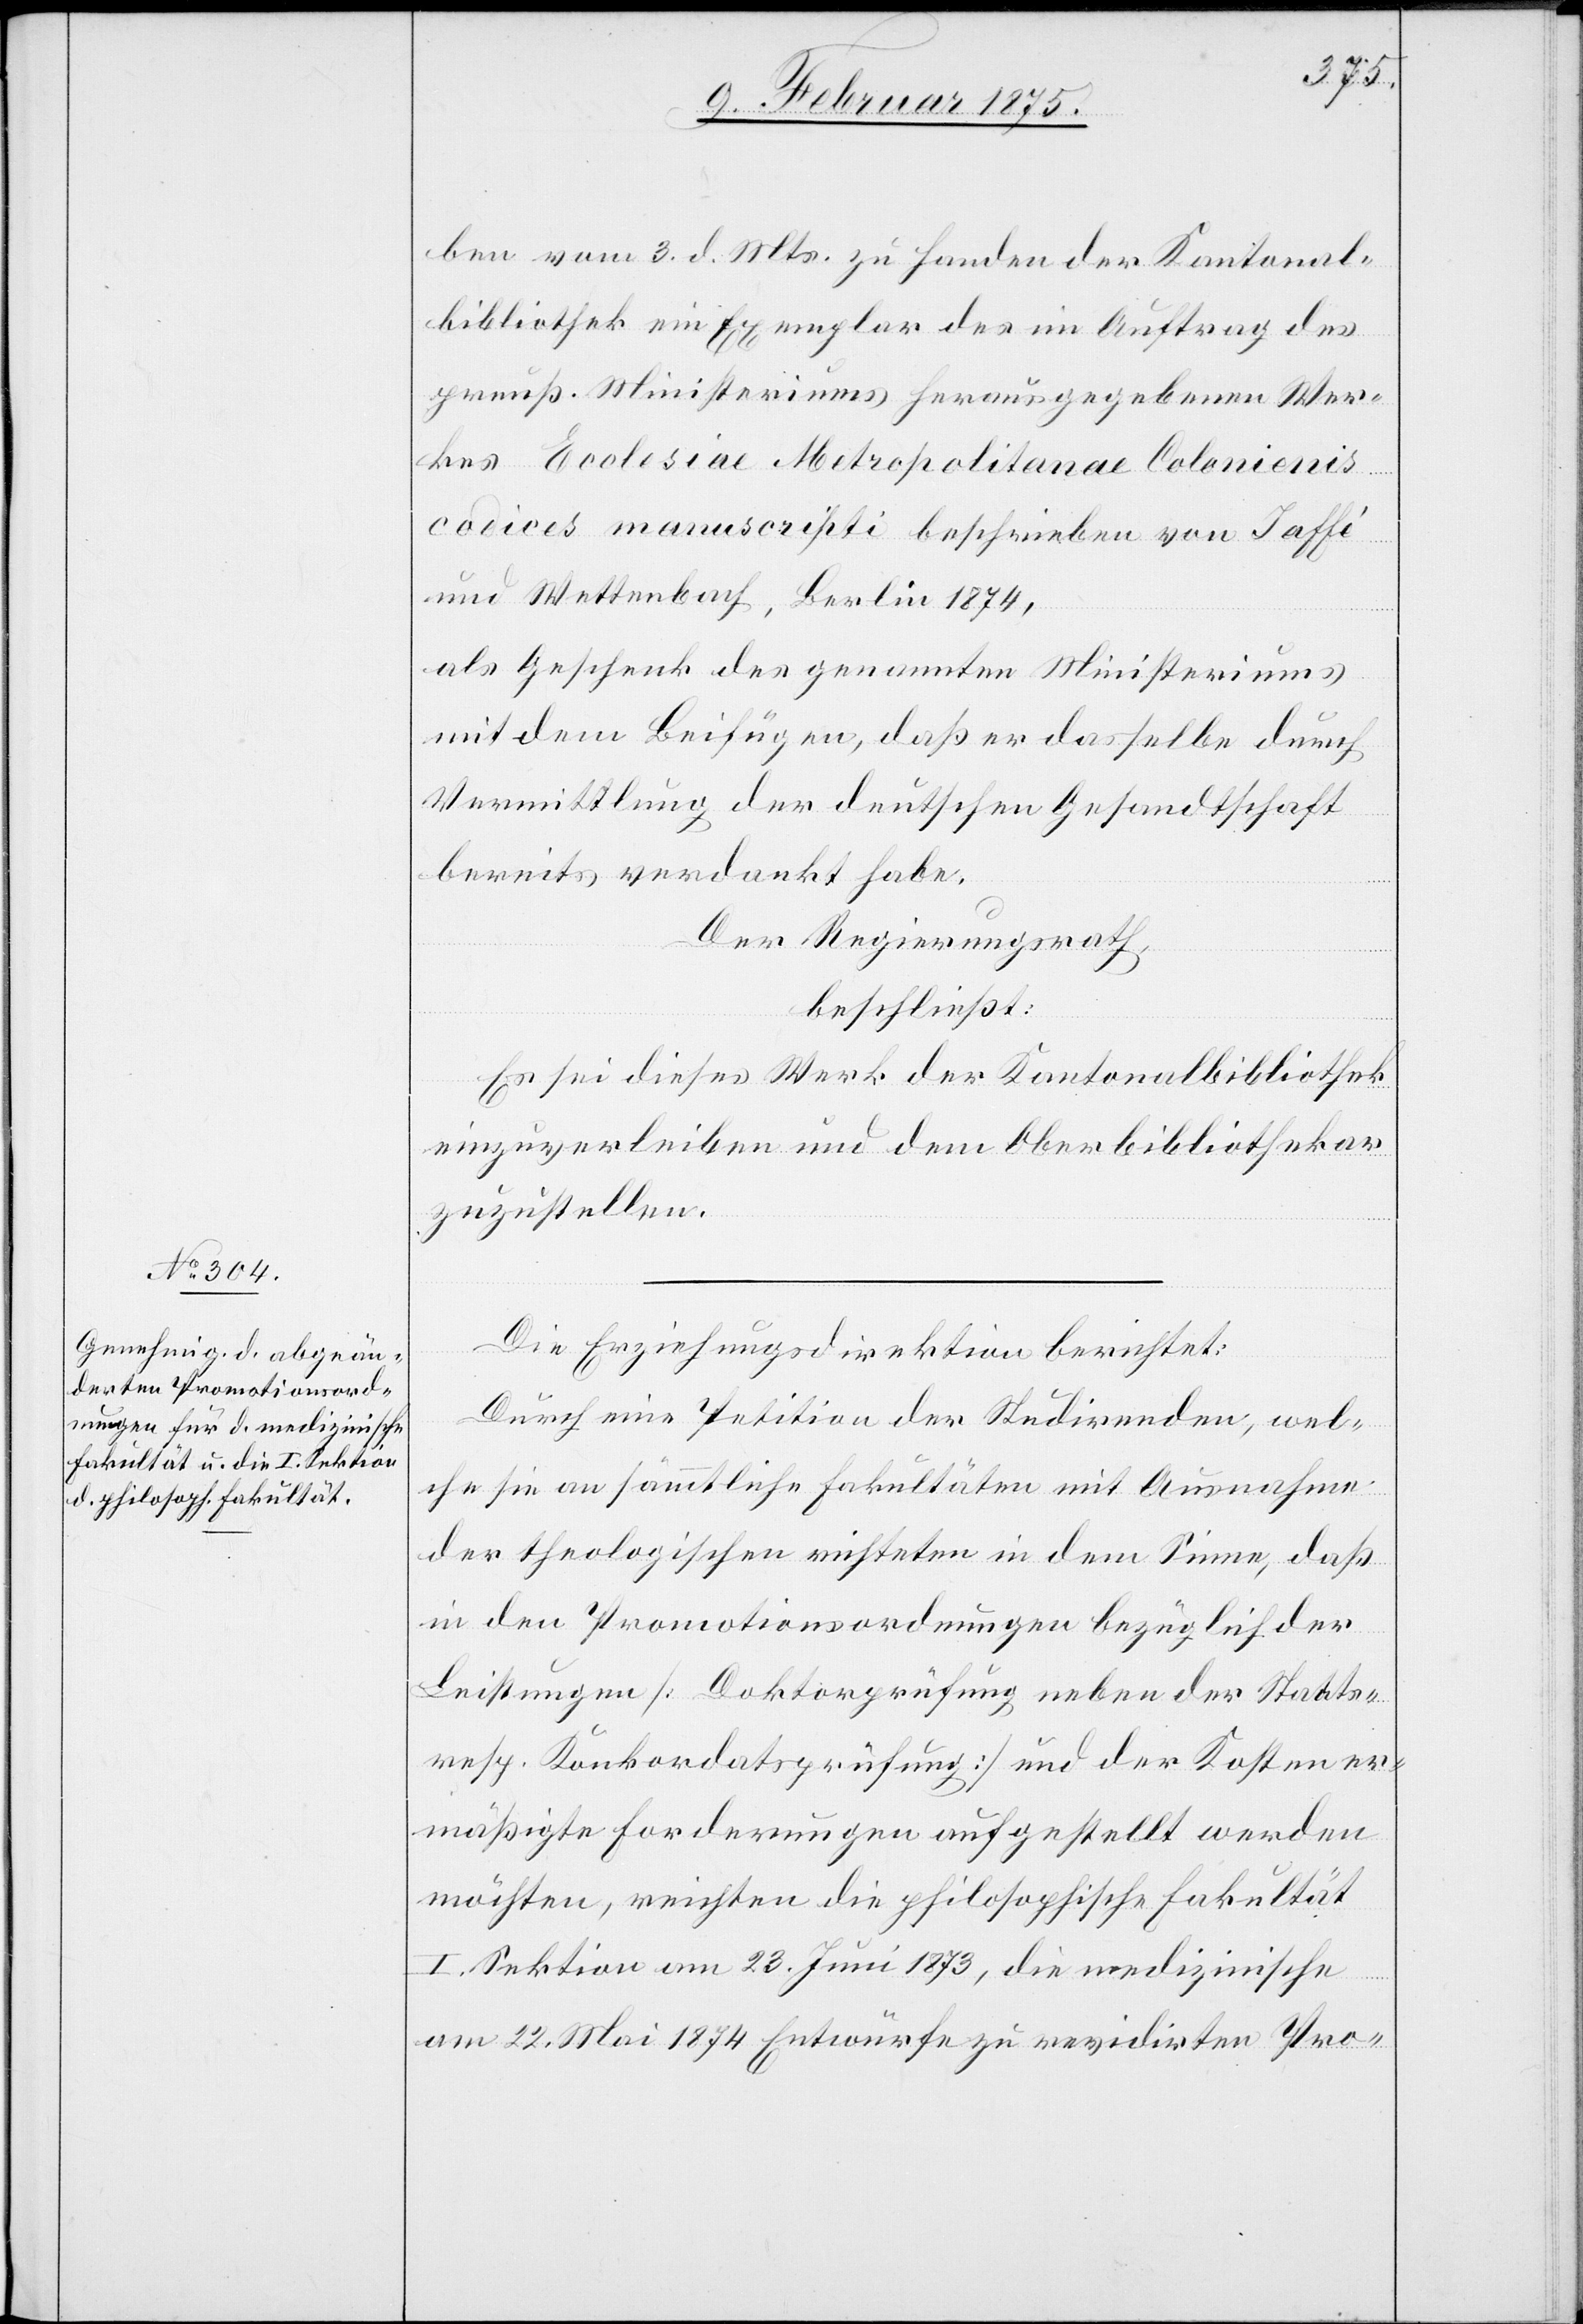
ben vom 3. d. Mts. zu Handen der Kantonal¬
bibliothek ein Exemplar des in Auftrag des
preuß. Ministeriums herausgegebenen Wer¬
kes Ecolesiae [sic!] Metropolitanae Colonienis
codices manuscripti beschrieben von Jaffé
und Wettenbach, Berlin 1874,
als Geschenk des genannten Ministeriums
mit dem Beifügen, daß er dasselbe durch
Vermittlung der deutschen Gesandtschaft
bereits verdankt habe.
Der Regierungsrath,
beschließt:
Es sei dieses Werk der Kantonalbibliothek
einzuverleiben und dem Oberbibliothekar
zuzustellen.
Die Erziehungsdirektion berichtet:
Durch eine Petition der Studirenden, wel¬
che sie an sämmtliche Fakultäten mit Ausnahme
der theologischen richteten in dem Sinne, daß
in den Promotionsordnungen bezüglich der
Leistungen (Doktorprüfung neben der Staats-
resp. Konkordatsprüfung) und der Kosten er¬
mäßigte Forderungen aufgestellt werden
möchten, reichten die philosophische Fakultät
I. Sektion am 23. Juni 1873, die medizinische
am 22. Mai 1874 Entwürfe zu revidirten Pro-